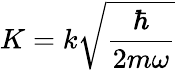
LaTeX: {K=k\sqrt{\frac{\hbar}{2m\omega}}}